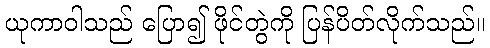
ယုကာဝါသည် ပြော၍ ဖိုင်တွဲကို ပြန်ပိတ်လိုက်သည်။